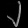
Digit: ၂